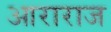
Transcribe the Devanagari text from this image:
आराराज